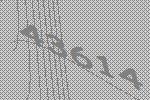
43614